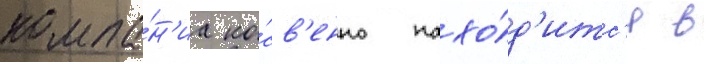
компа́н'иа ко́св'енно нахо́д'итс'я в